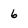
Character: 6